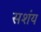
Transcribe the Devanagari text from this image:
सशंय